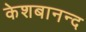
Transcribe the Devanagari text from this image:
केशबानन्द